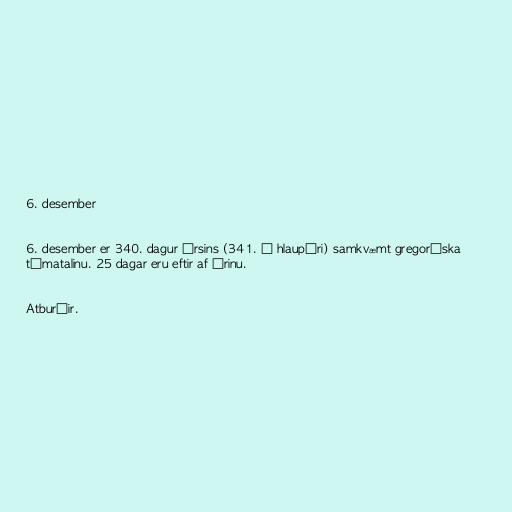
6. desember

6. desember er 340. dagur ársins (341. á hlaupári) samkvæmt gregoríska
tímatalinu. 25 dagar eru eftir af árinu.

Atburðir.